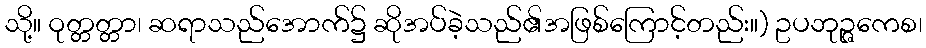
သို့။ ဝုတ္တတ္တာ၊ ဆရာသည်အောက်၌ ဆိုအပ်ခဲ့သည်၏အဖြစ်ကြောင့်တည်း။) ဥပဘုဉ္ဇကေစ၊